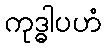
ကုဒ္ဓါပဟံ